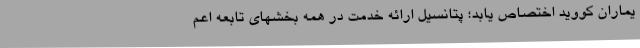
یماران کووید اختصاص یابد؛ پتانسیل ارائه خدمت در همه بخشهای تابعه اعم